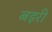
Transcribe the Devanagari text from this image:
बइरी